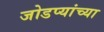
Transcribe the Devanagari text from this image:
जोडप्यांच्या